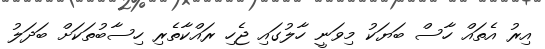
އިރު އެތައް ހާސް ބަޔަކު މިވަނީ ހާލުގައި ޖެހި ރައްކާތެރި ހިސާބުތަކަށް ބަދަލު